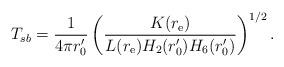
LaTeX: \begin{align*}T_{sb} = {1 \over 4\pi r_0'} \left( {K(r_{\rm e}) \over L(r_{\rm e})H_2(r_0') H_6(r_0')} \right)^{1/2} .\end{align*}